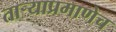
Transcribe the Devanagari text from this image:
तार्‍याप्रमाणेच